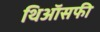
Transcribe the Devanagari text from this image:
थिऑसफी